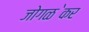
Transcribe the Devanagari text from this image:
जोगळ॓कर